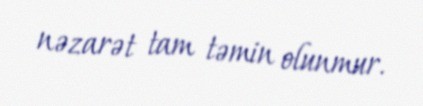
nəzarət tam təmin olunmur.